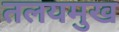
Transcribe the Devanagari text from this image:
तलयमुख